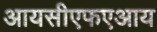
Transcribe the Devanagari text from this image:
आयसीएफएआय